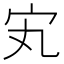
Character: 𡧄